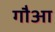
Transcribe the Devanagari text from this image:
गौआ